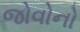
જોવોનો